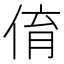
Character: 俼